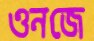
ওনজে